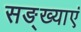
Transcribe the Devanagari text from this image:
सङ्ख्याएं